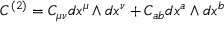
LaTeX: C ^ { ( 2 ) } = C _ { \mu \nu } d x ^ { \mu } \wedge d x ^ { \nu } + C _ { a b } d x ^ { a } \wedge d x ^ { b }